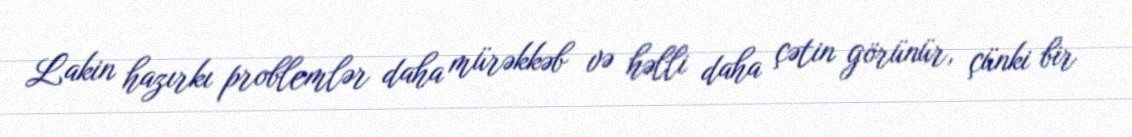
Lakin hazırkı problemlər daha mürəkkəb və həlli daha çətin görünür, çünki bir